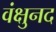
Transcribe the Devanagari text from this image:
वंक्षुनद